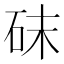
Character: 砞